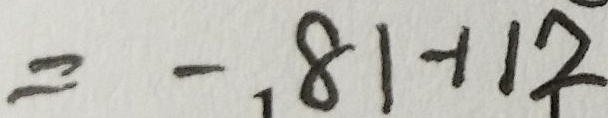
= - 8 1 - 1 1 2